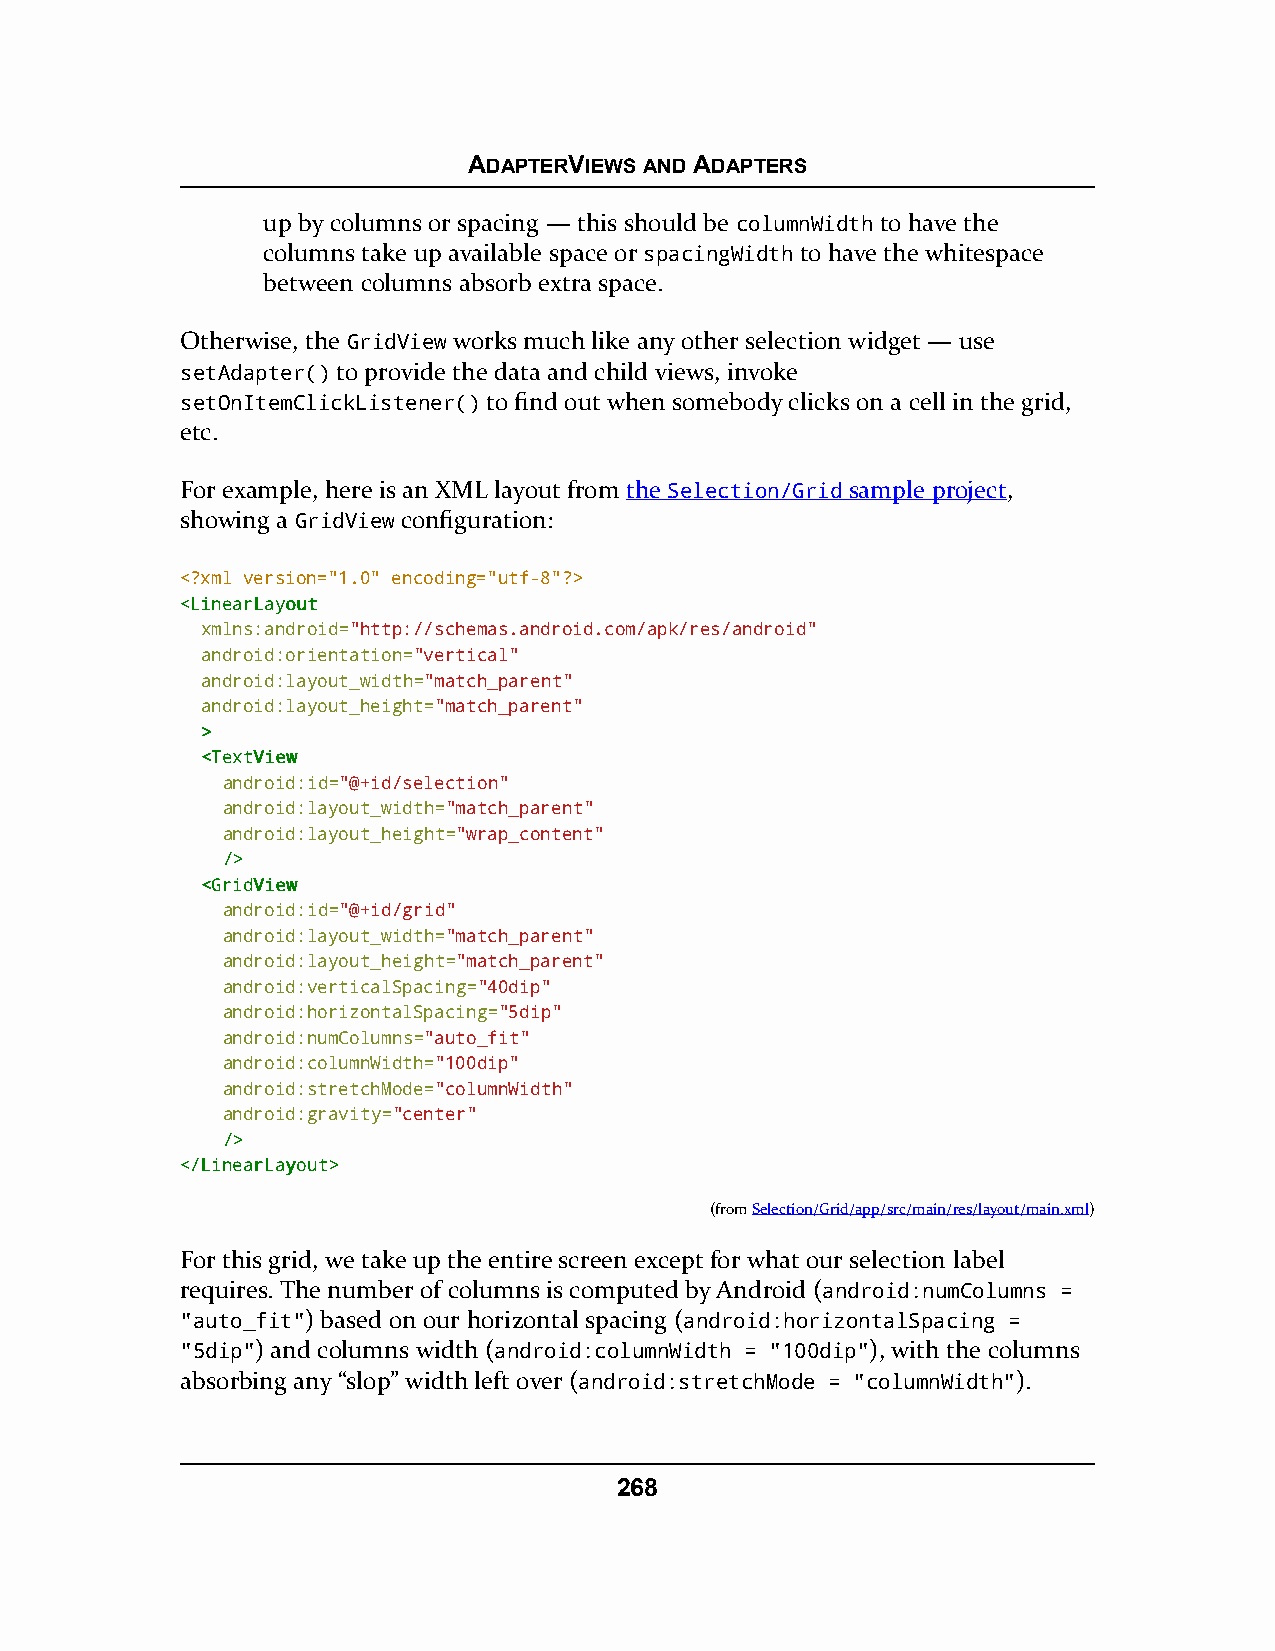
ADAPTERVIEWS AND ADAPTERS
 up by columns or spacing — this should be columnWidth to have the
 columns take up available space or spacingWidth to have the whitespace
 between columns absorb extra space.
 Otherwise, the GridView works much like any other selection widget — use
 setAdapter() to provide the data and child views, invoke
 setOnItemClickListener() to find out when somebody clicks on a cell in the grid,
 etc.
 For example, here is an XML layout from the Selection/Grid sample project,
 showing a GridView configuration:
 <?xml version="1.0" encoding="utf-8"?>
 <<LLiinneeaarrLLaayyoouutt
 xmlns:android="http://schemas.android.com/apk/res/android"
 android:orientation="vertical"
 android:layout_width="match_parent"
 android:layout_height="match_parent"
 >>
 <<TTeexxttVViieeww
 android:id="@+id/selection"
 android:layout_width="match_parent"
 android:layout_height="wrap_content"
 //>>
 <<GGrriiddVViieeww
 android:id="@+id/grid"
 android:layout_width="match_parent"
 android:layout_height="match_parent"
 android:verticalSpacing="40dip"
 android:horizontalSpacing="5dip"
 android:numColumns="auto_fit"
 android:columnWidth="100dip"
 android:stretchMode="columnWidth"
 android:gravity="center"
 //>>
 <<//LLiinneeaarrLLaayyoouutt>>
 (fromSelection/Grid/app/src/main/res/layout/main.xml)
 For this grid, we take up the entire screen except for what our selection label
 requires. The number of columns is computed by Android (android:numColumns =
 "auto_fit") based on our horizontal spacing (android:horizontalSpacing =
 "5dip") and columns width (android:columnWidth = "100dip"), with the columns
 absorbing any “slop” width left over (android:stretchMode = "columnWidth").
 268